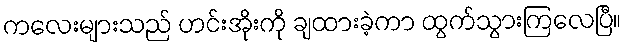
ကလေးများသည် ဟင်းအိုးကို ချထားခဲ့ကာ ထွက်သွားကြလေပြီ။